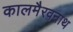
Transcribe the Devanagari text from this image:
कालमैरवनाथ